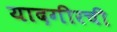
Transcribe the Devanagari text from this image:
यादगीरची